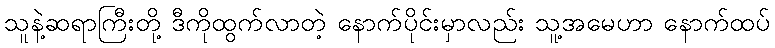
သူနဲ့ဆရာကြီးတို့ ဒီကိုထွက်လာတဲ့ နောက်ပိုင်းမှာလည်း သူ့အမေဟာ နောက်ထပ်